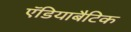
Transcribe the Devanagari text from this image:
ऍडियाबैटिक